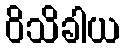
ဝိသိခါယ